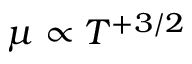
\mu \propto T ^ { + 3 / 2 }